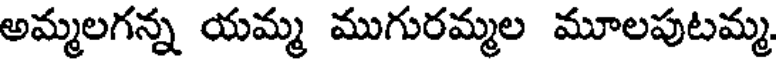
అమ్మలగన్న యమ్మ ముగురమ్మల మూలపుటమ్మ